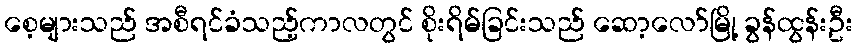
စေ့များသည် အစီရင်ခံသည့်ကာလတွင် စိုးရိမ်ခြင်းသည် ဆော့လော်မြို့ ခွန်ထွန်းဦး